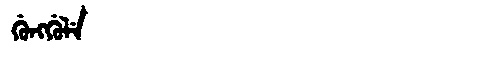
Manchu: ᡤᡠᠩᡤᡠᠯᡝ
Romanization: GUNGGULE